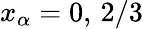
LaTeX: x_{\alpha}=0,\, 2/3